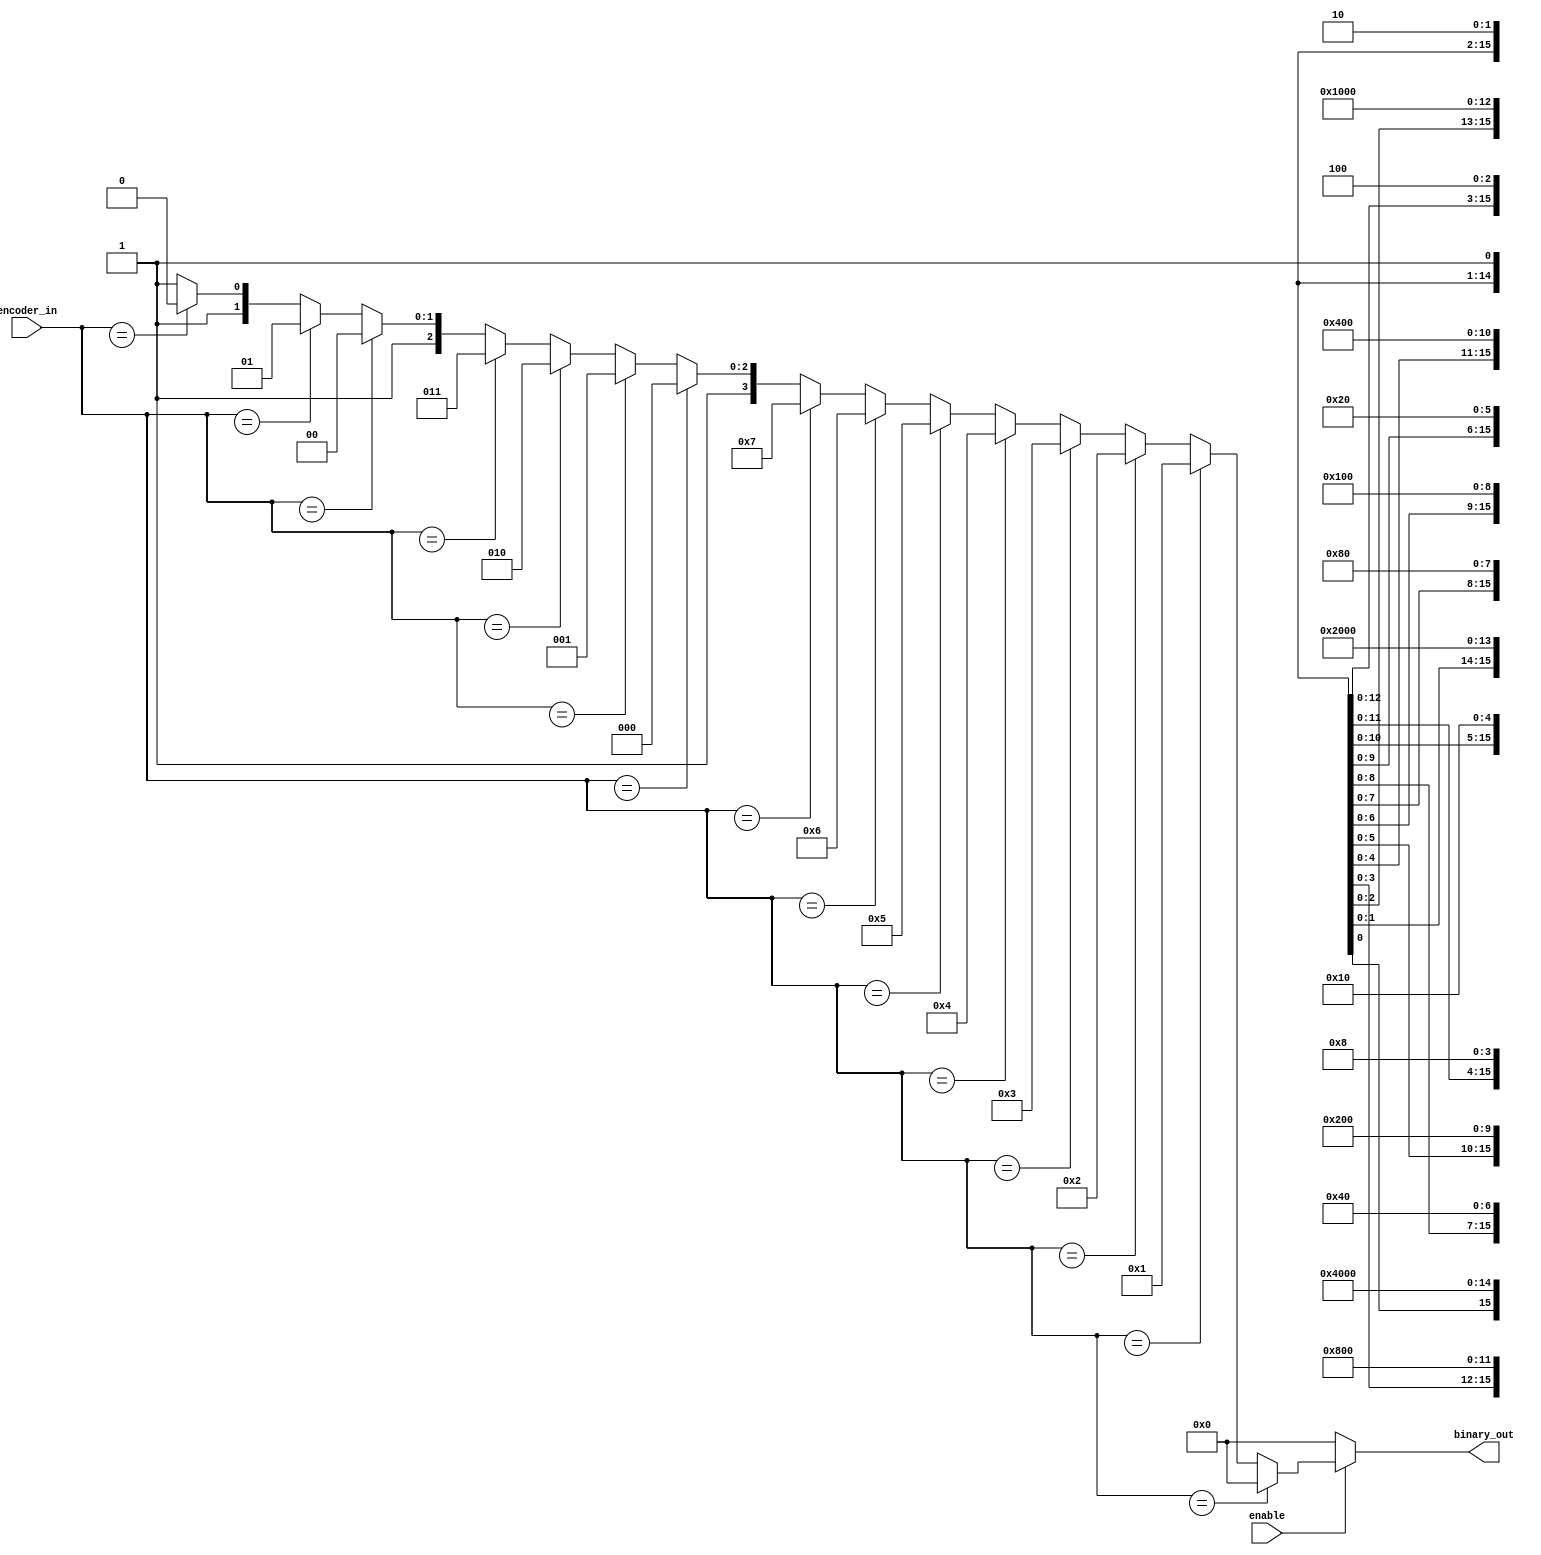
//-----------------------------------------------------
// Design Name : pri_encoder_using_assign
// Function    : Pri Encoder using assign
// Coder       : Deepak Kumar Tala
//-----------------------------------------------------
module pri_encoder_using_assign (
binary_out , //  4 bit binary output
encoder_in , //  16-bit input 
enable       //  Enable for the encoder
);

output [3:0] binary_out ;
input  enable ; 
input [15:0] encoder_in ; 

wire [3:0] binary_out ;
      
assign  binary_out  = (!enable) ? 0 : (
    (encoder_in == 16'bxxxx_xxxx_xxxx_xxx1) ? 0 : 
    (encoder_in == 16'bxxxx_xxxx_xxxx_xx10) ? 1 : 
    (encoder_in == 16'bxxxx_xxxx_xxxx_x100) ? 2 : 
    (encoder_in == 16'bxxxx_xxxx_xxxx_1000) ? 3 : 
    (encoder_in == 16'bxxxx_xxxx_xxx1_0000) ? 4 : 
    (encoder_in == 16'bxxxx_xxxx_xx10_0000) ? 5 : 
    (encoder_in == 16'bxxxx_xxxx_x100_0000) ? 6 : 
    (encoder_in == 16'bxxxx_xxxx_1000_0000) ? 7 : 
    (encoder_in == 16'bxxxx_xxx1_0000_0000) ? 8 : 
    (encoder_in == 16'bxxxx_xx10_0000_0000) ? 9 : 
    (encoder_in == 16'bxxxx_x100_0000_0000) ? 10 : 
    (encoder_in == 16'bxxxx_1000_0000_0000) ? 11 : 
    (encoder_in == 16'bxxx1_0000_0000_0000) ? 12 : 
    (encoder_in == 16'bxx10_0000_0000_0000) ? 13 : 
    (encoder_in == 16'bx100_0000_0000_0000) ? 14 : 15); 

endmodule